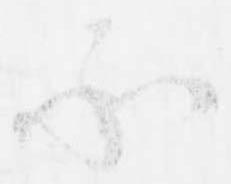
承